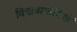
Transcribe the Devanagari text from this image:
विद्याव्यासंगियों